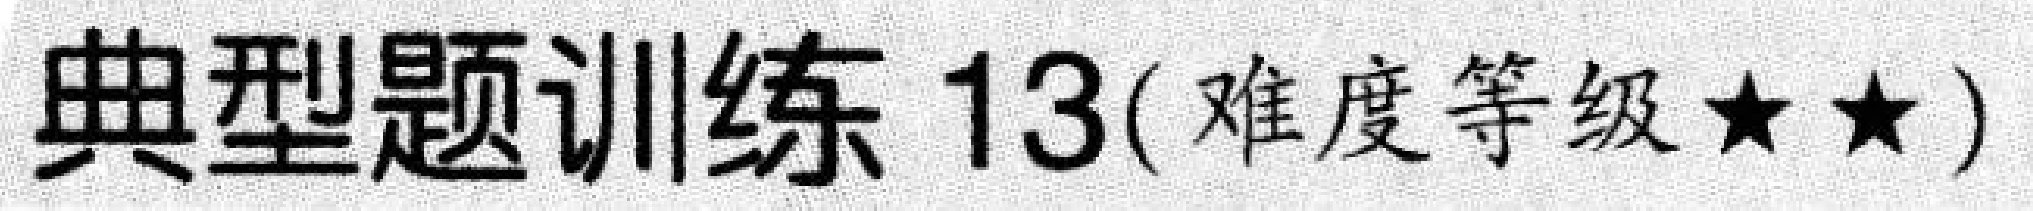
典型题训练13(难度等级★★)